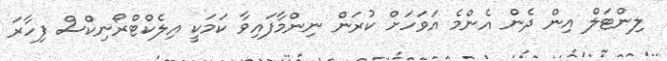
ލިންޓަލް އިން ދެން އެންމެ އަވަހަށް ކުރަން ނިންމާފައިވާ ކަމަކީ އިލެކްޓްރޯނިކްސް ފިހާރަ